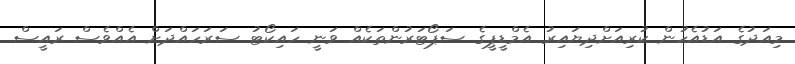
މިއަދުގެ އަޑުއެހުން ކުރިއަށްދިޔައިރު އެމްޑީޕީގެ ސަޕޯޓަރުންތަކެއް ވަނީ ހައިކޯޓު ސަރަހައްދަށް އެއްވެސް ރައީސް